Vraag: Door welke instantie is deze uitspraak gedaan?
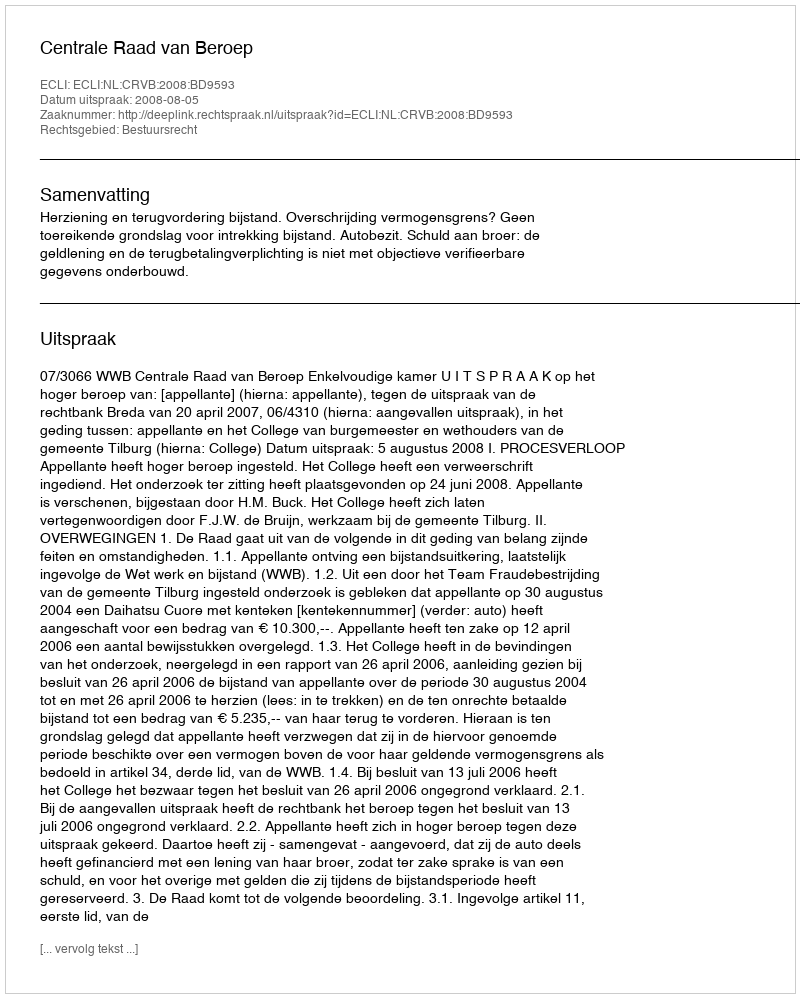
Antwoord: Centrale Raad van Beroep